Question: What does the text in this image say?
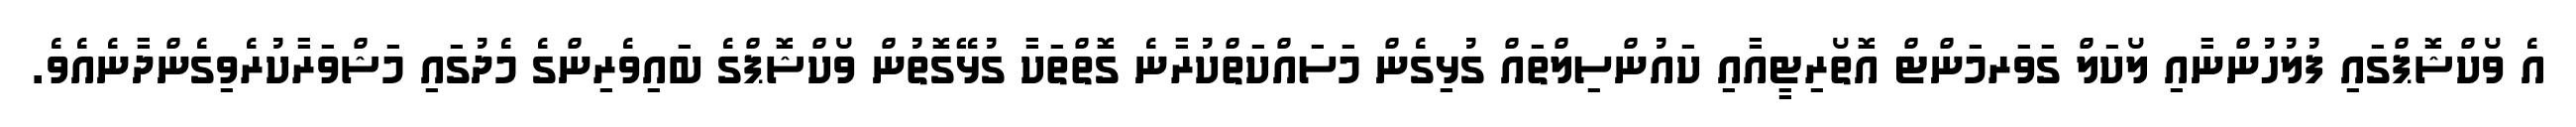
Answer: އެ ވޯކްޝޮޕްގައި ފުލުހުންނާއި ލޯކަލް ގަވަރމަންޓް އޮތޯރިޓީއާއި ކައުންސިލްތައް ގުޅިގެން މަސައްކަތްކުރާނެ ގޮތްތަކާ ގުޅޭގޮތުން ވޯކްޝޮޕްގެ ބައިވެރިންގެ މެދުގައި މަޝްވަރާކުރެވިގެންދާނެއެވެ.